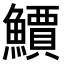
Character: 𫠎